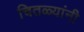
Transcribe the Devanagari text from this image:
चितळ्यांनी